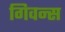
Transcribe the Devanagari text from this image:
गिवन्स